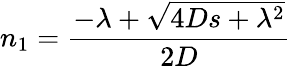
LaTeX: n_{1}=\frac{-\lambda+\sqrt{4Ds+\lambda^{2}}}{2D}